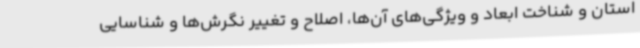
استان و شناخت ابعاد و ویژگی‌های آن‌ها، اصلاح و تغییر نگرش‌ها و شناسایی